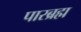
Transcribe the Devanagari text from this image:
पारब्रह्म